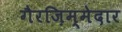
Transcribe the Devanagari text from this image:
गैरज़िम्मेदार